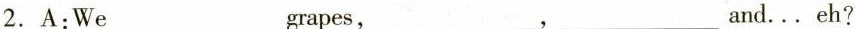
2.A:We___grapes,___,___and...eh?